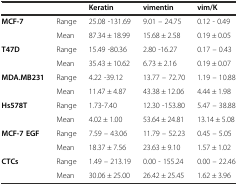
<table><thead><tr><td colspan="2"></td><td><b>Keratin</b></td><td><b>vimentin</b></td><td><b>vim/K</b></td></tr></thead><tbody><tr><td rowspan="2"><b>MCF-7</b></td><td>Range</td><td>25.08 -131.69</td><td>9.01 – 24.75</td><td>0.12 - 0.49</td></tr><tr><td>Mean</td><td>87.34 ± 18.99</td><td>15.68 ± 2.58</td><td>0.19 ± 0.05</td></tr><tr><td rowspan="2"><b>T47D</b></td><td>Range</td><td>15.49 -80.36</td><td>2.80 -16.27</td><td>0.17 – 0.43</td></tr><tr><td>Mean</td><td>35.43 ± 10.62</td><td>6.73 ± 2.16</td><td>0.19 ± 0.07</td></tr><tr><td rowspan="2"><b>MDA.MB231</b></td><td>Range</td><td>4.22 -39.12</td><td>13.77 – 72.70</td><td>1.19 – 10.88</td></tr><tr><td>Mean</td><td>11.47 ± 4.87</td><td>43.38 ± 12.06</td><td>4.44 ± 1.98</td></tr><tr><td rowspan="2"><b>Hs578T</b></td><td>Range</td><td>1.73-7.40</td><td>12.30 -153.80</td><td>5.47 – 38.88</td></tr><tr><td>Mean</td><td>4.02 ± 1.00</td><td>53.64 ± 24.81</td><td>13.14 ± 5.08</td></tr><tr><td rowspan="2"><b>MCF-7 EGF</b></td><td>Range</td><td>7.59 – 43.06</td><td>11.79 – 52.23</td><td>0.45 – 5.05</td></tr><tr><td>Mean</td><td>18.37 ± 7.56</td><td>23.63 ± 9.10</td><td>1.57 ± 1.02</td></tr><tr><td rowspan="2"><b>CTCs</b></td><td>Range</td><td>1.49 – 213.19</td><td>0.00 - 155.24</td><td>0.00 – 22.46</td></tr><tr><td>Mean</td><td>30.06 ± 25.00</td><td>26.42 ± 25.45</td><td>1.62 ± 3.96</td></tr></tbody></table>